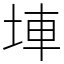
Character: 𡌄